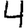
Digit: 4